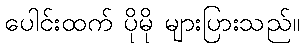
ပေါင်းထက် ပိုမို များပြားသည်။